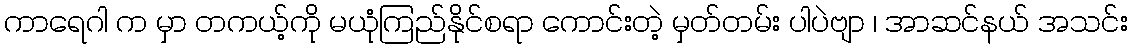
ကာရေဂါ က မှာ တကယ့်ကို မယုံကြည်နိုင်စရာ ကောင်းတဲ့ မှတ်တမ်း ပါပဲဗျာ ၊ အာဆင်နယ် အသင်း